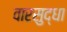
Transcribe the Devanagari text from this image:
वारसुद्धा